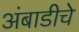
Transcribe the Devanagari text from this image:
अंबाडीचे